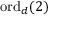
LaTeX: \mathrm { o r d } _ { d } ( 2 )